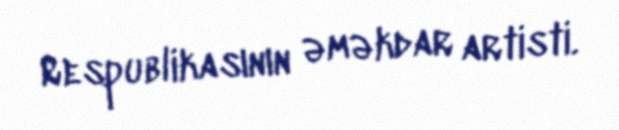
Respublikasının əməkdar artisti.